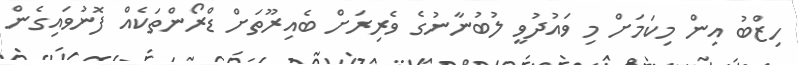
ހިޒްބު އިން މިކަމަށް މި ވައުދުވީ ލުބުނާނުގެ ވެރިރަށް ބެއިރޫތަށް ޑްރޯންތަކެއް ފޮނުވައިގެން